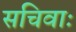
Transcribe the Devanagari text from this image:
सचिवाः